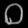
Digit: ၀